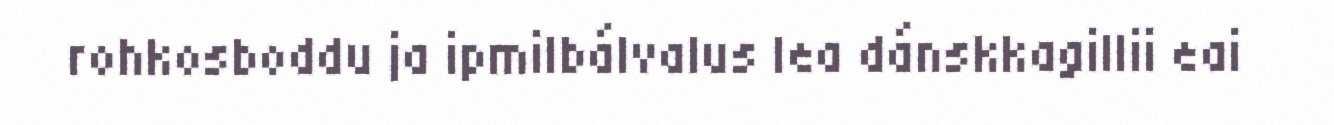
rohkosboddu ja ipmilbálvalus lea dánskkagillii eai